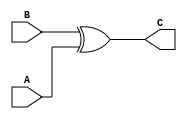
`timescale 1ns / 1ps
//////////////////////////////////////////////////////////////////////////////////

// description: behavior of xorGATE
//////////////////////////////////////////////////////////////////////////////////


module XOR_GATE(
    input A,
    input B,
    output C
    );
    xor(C ,B, A);
endmodule